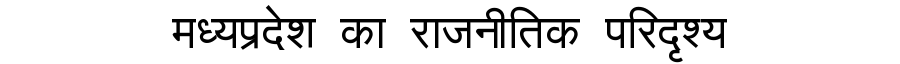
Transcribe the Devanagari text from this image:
मध्यप्रदेश का राजनीतिक परिदृश्य